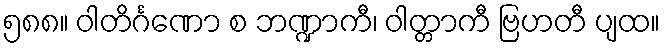
၅၈၈။ ဝါတိင်္ဂဏော စ ဘဏ္ဍာကီ၊ ဝါတ္တာကီ ဗြဟတီ ပျထ။